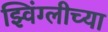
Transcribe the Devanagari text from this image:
झ्विंग्लीच्या